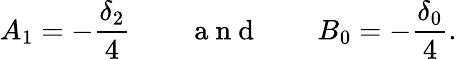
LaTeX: A_{1}=-\frac{\delta_{2}}{4}\qquad\mathrm{~a~n~d~}\qquad B_{0}=-\frac{\delta_{0}}{4}.